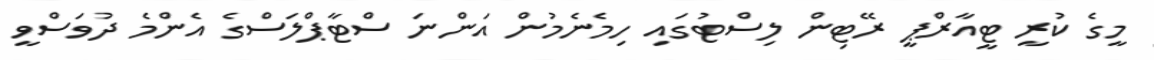
މީގެ ކުރީ ޓީއާރްޕީ ރޭޓިން ލިސްޓުގައި ހިމެނެމުން އަންނަ ސްޓާޕްލަސްގެ އެންމެ ދުވަސްވީ